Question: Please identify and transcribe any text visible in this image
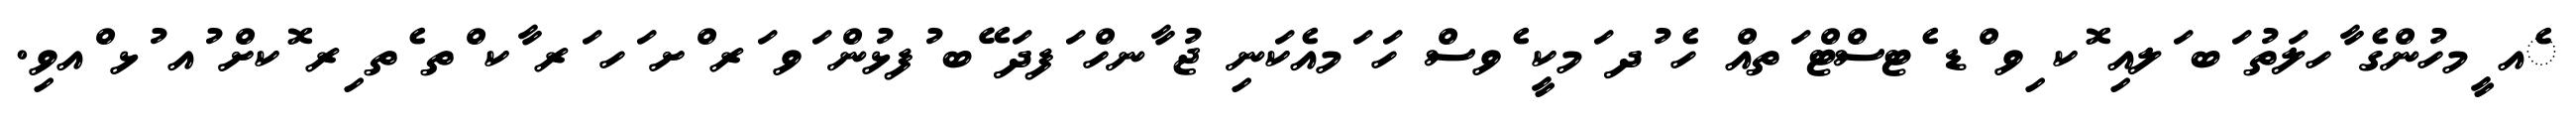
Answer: ެއ ީމހުންގެ ާހލަތު ަބ ަލއި ޮކ ިވ ްޑ ެޓސްޓް ަތއް ހެ ުދ ަމކީ ެވސް ހަ ަމއެކަނި ޖު ާނހް ަފދަ ޭބ ުފޅުން ަވ ަރ ްށ ަހ ަރ ާކ ްތ ެތ ިރ ޮކށް ުއ ުޅ ްއވި.